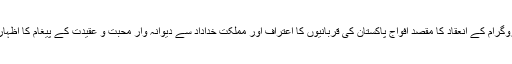
اس پروگرام کے انعقاد کا مقصد افواج پاکستان کی قربانیوں کا اعتراف اور مملکت خداداد سے دیوانہ وار محبت و عقیدت کے پیغام کا اظہار تھا ۔